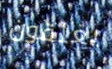
يغلقون